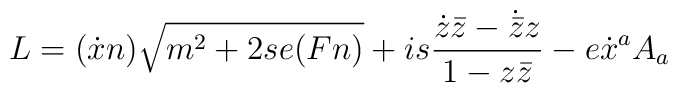
L=(\dot{x}n)\sqrt{m^{2}+2se(Fn)}+is\frac{\dot{z}\bar{z}-\dot{\bar{z}}z}{1-z\bar{z}}-e\dot{x}^{a}A_{a}